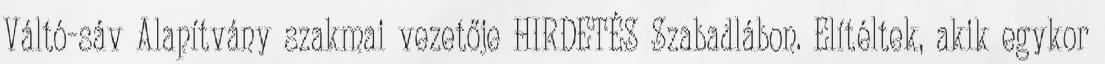
Váltó-sáv Alapítvány szakmai vezetője HIRDETÉS Szabadlábon. Elítéltek, akik egykor